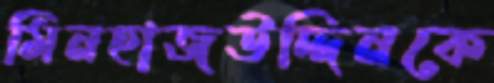
মিনহাজউদ্দিনকে